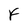
Character: F